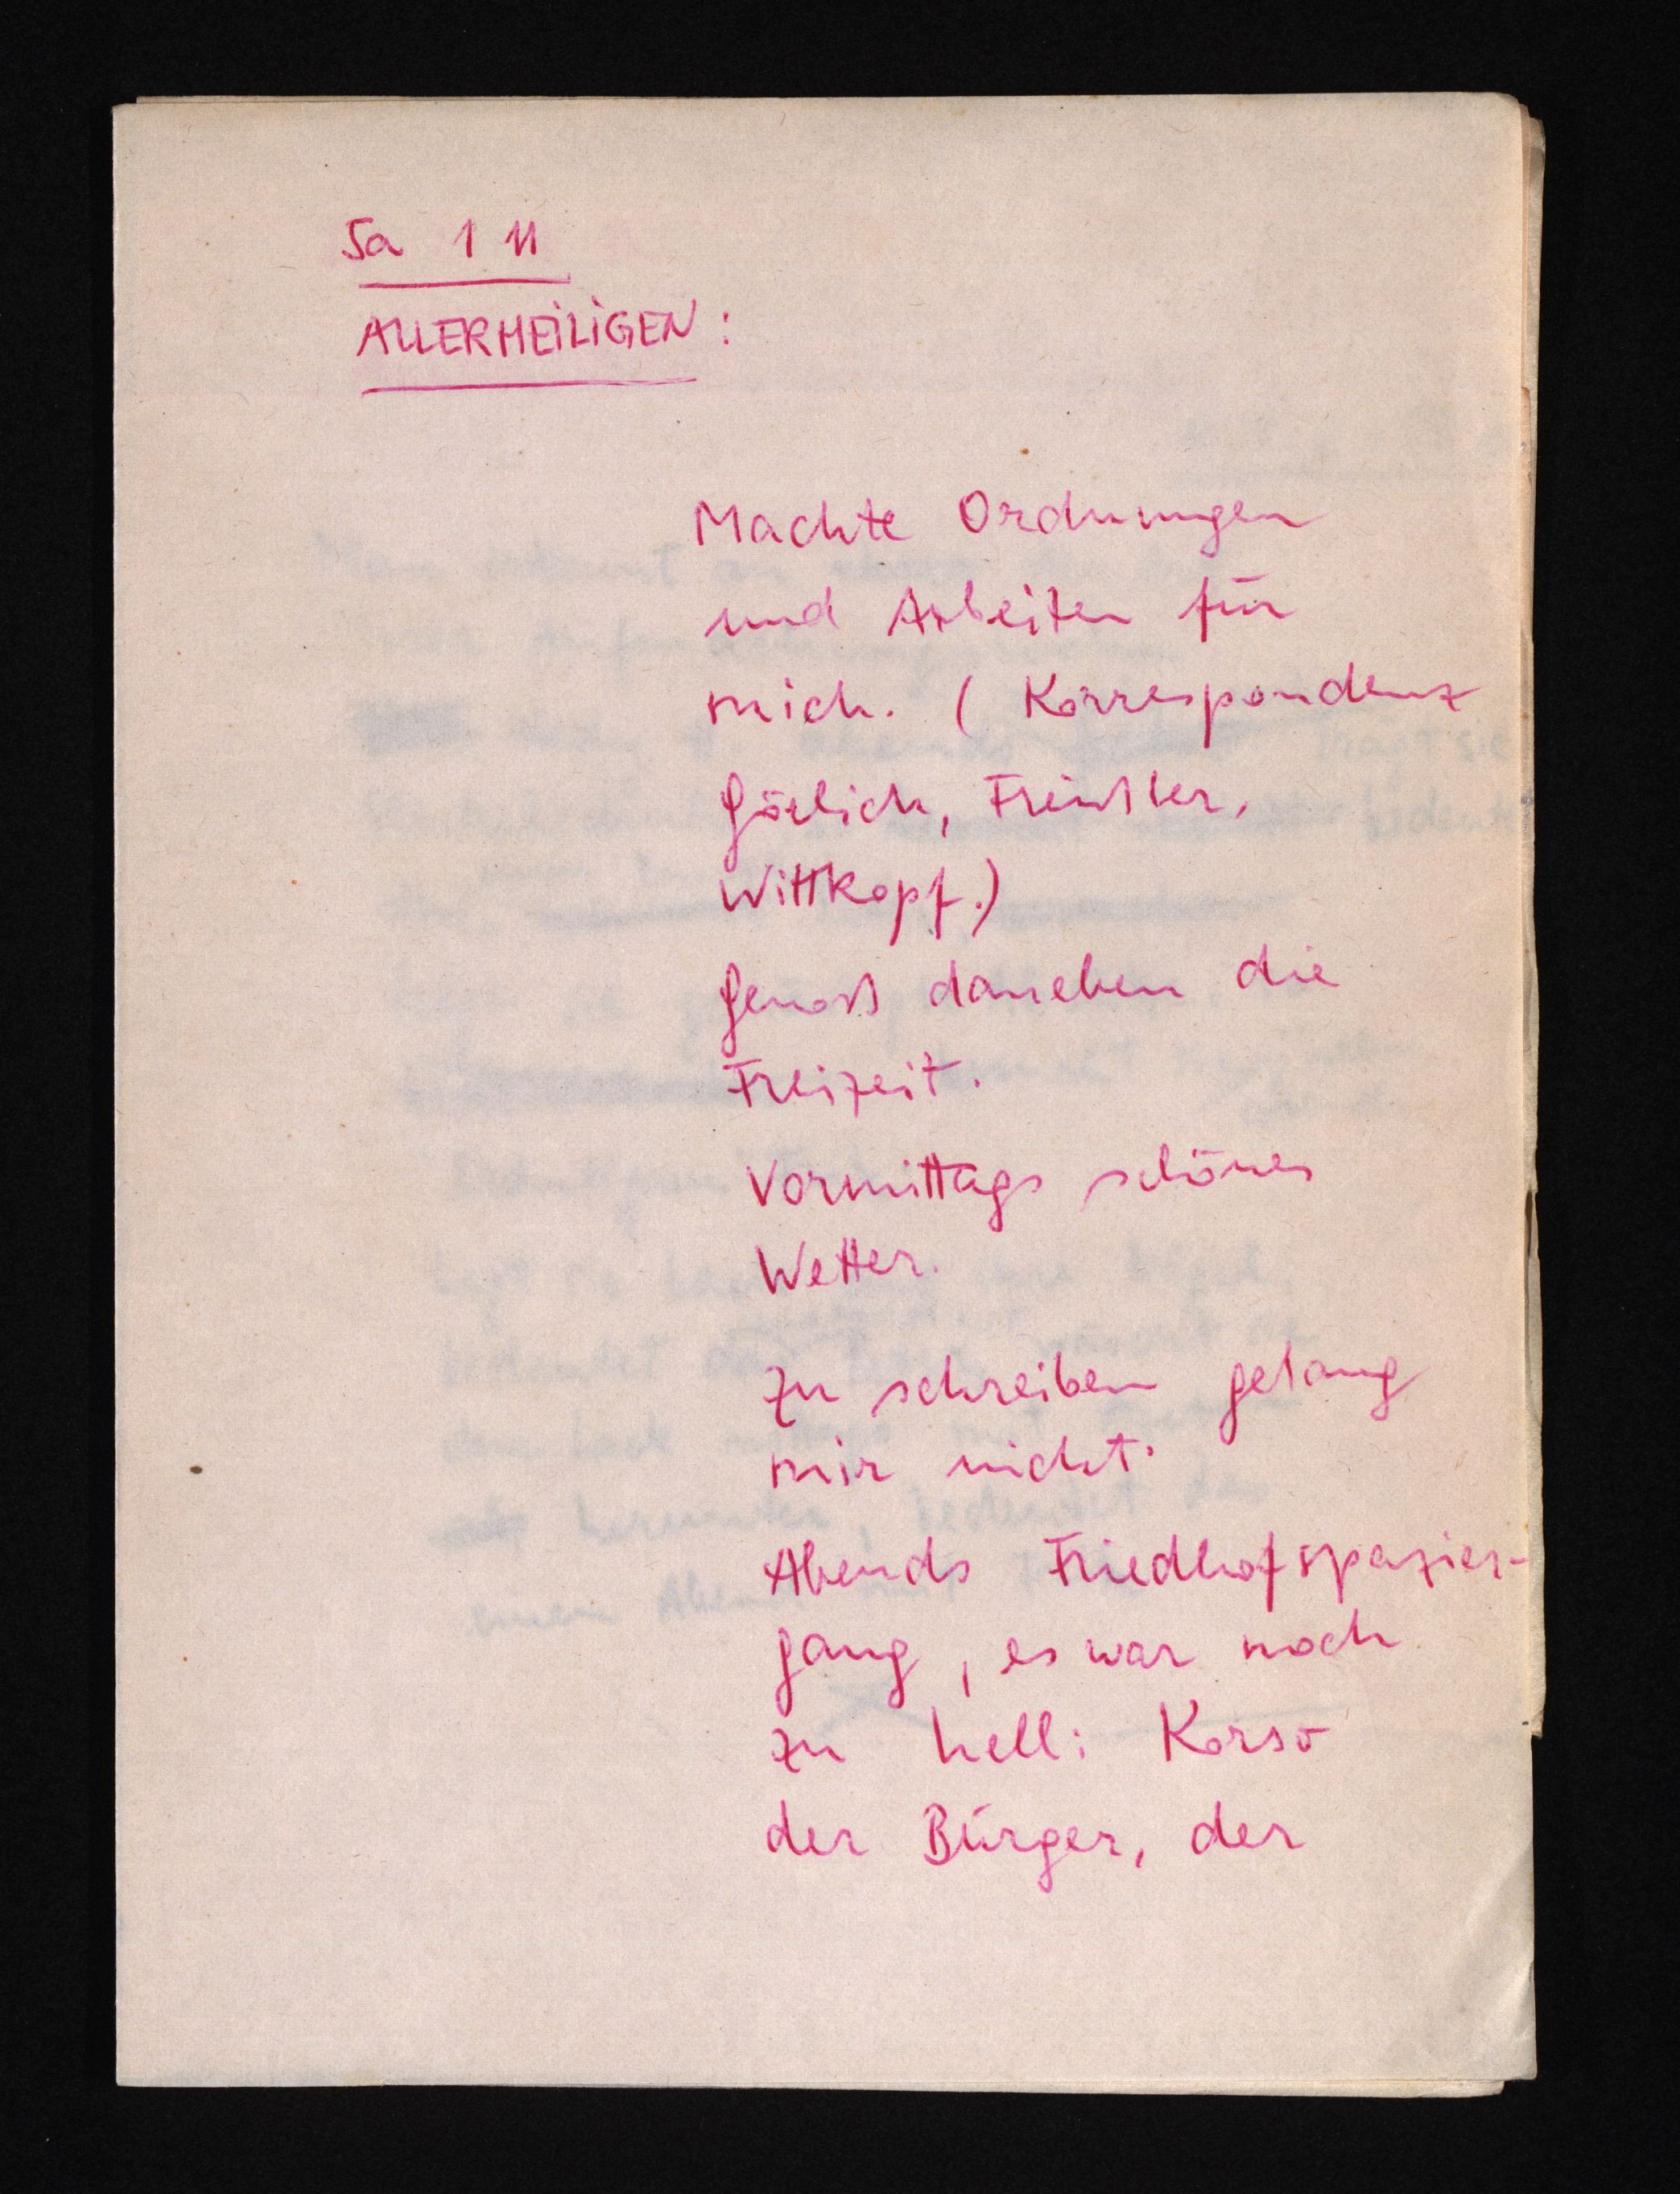
Sa 1 11
ALLERHEILIGEN:
Machte Ordnungen
und Arbeiten für
mich. (Korrespondenz
Görlich, Freißler,
Wittkopf.)
Genoß daneben die
Freizeit.
Vormittags schönes
Wetter.
Zu schreiben gelang
mir nicht.
Abends Friedhofspazier¬
gang, es war noch
zu hell: Korso
der Bürger, der